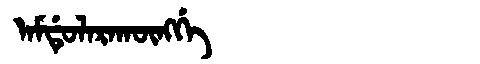
Manchu: ᠠᠮᡩᡠᠯᠠᡵᠠᡴᡡᠩᡤᡝ
Romanization: AMDULARAKŪNGGE